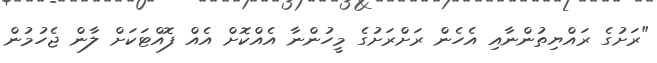
"ރަށުގެ ރައްޔިތުންނާއި އެހެން ރަށްރަށުގެ މީހުންނާ އެއްކޮށް އެއް ފޮއްޓަކަށް ލާން ޖެހުމުން